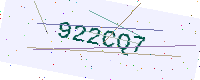
Text: 922CQ7